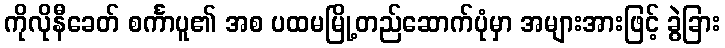
ကိုလိုနီခေတ် စင်္ကာပူ၏ အစ ပထမမြို့တည်ဆောက်ပုံမှာ အများအားဖြင့် ခွဲခြား